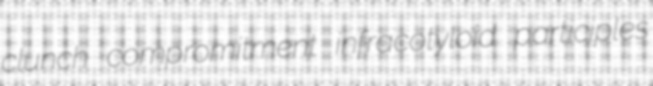
clunch compromitment infracotyloid participles